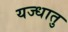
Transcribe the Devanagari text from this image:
यज्धातु